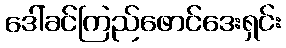
ဒေါ်ခင်ကြည်ဖောင်ဒေးရှင်း